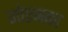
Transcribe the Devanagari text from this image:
गोएनका